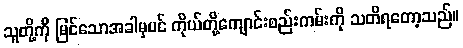
သူတို့ကို မြင်သောအခါမှပင် ကိုယ်တို့ကျောင်းစည်းကမ်းကို သတိရတော့သည်။